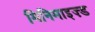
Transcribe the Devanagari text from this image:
मिनिमाइज़्ड